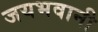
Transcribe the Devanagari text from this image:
जयभवानी